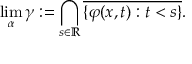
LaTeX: \operatorname* { l i m } _ { \alpha } \gamma : = \bigcap _ { s \in \mathbb { R } } { \overline { { \{ \varphi ( x , t ) : t < s \} } } } .